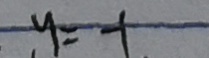
y = - 1